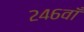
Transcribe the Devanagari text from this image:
२४६वाँ